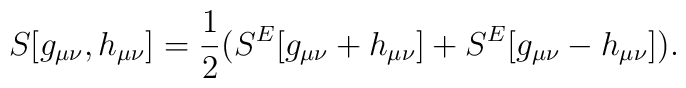
S[g_{\mu \nu},h_{\mu \nu}] = \frac{1}{2}\big(S^E[g_{\mu \nu}+h_{\mu \nu}] +S^E[g_{\mu \nu}-h_{\mu \nu}] \big).